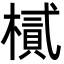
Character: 樲